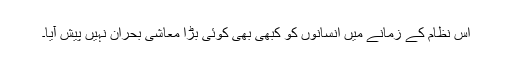
اس نظام کے زمانے میں انسانوں کو کبھی بھی کوئی بڑا معاشی بحران نہیں پیش آیا۔